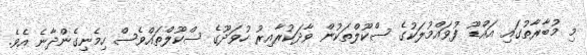
މި މުބާރާތުގައި އައްޑޫ ފުވައްމުލަކުގެ ސްކޫލްތަކުން ވާދަކުރާއިރު ހުވަދޫގެ ސްކޫލްތައްވެސް ހިމެނިގެންދާނެ އެވެ.